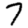
Digit: 7